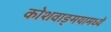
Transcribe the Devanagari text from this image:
कोशवाङ्मयामध्ये